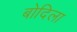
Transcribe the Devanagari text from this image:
बोदिला